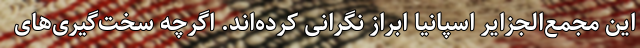
این مجمع‌الجزایر اسپانیا ابراز نگرانی کرده‌اند. اگرچه سخت‌گیری‌های